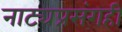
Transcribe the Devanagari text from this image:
नाट्यप्रसंगही